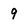
Character: 9